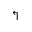
\Lsh